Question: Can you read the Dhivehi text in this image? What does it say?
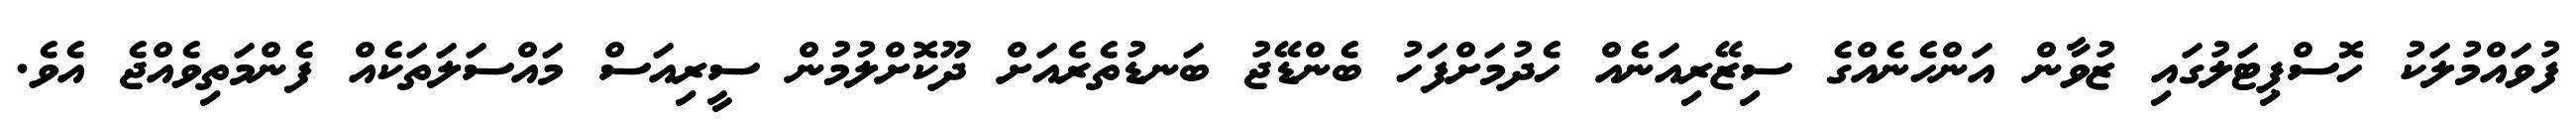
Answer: ފުވައްމުލަކު ހޮސްޕިޓަލުގައި ޒުވާން އަންހެނެއްގެ ސިޒޭރިއަނެއް ހެދުމަށްފަހު ބެންޑޭޖު ބަނޑުތެރެއަށް ދޫކޮށްލުމުން ސީރިއަސް މައްސަލަތަކެއް ފެންމަތިވެއްޖެ އެވެ.